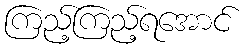
ကြည့်ကြည့်ရအောင်